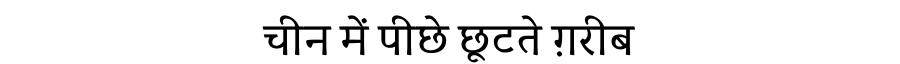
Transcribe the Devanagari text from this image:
चीन में पीछे छूटते ग़रीब